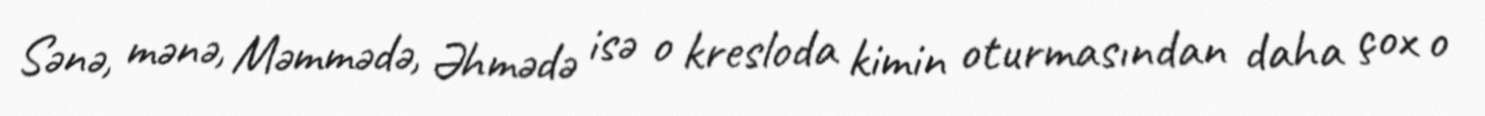
Sənə, mənə, Məmmədə, Əhmədə isə o kresloda kimin oturmasından daha çox o